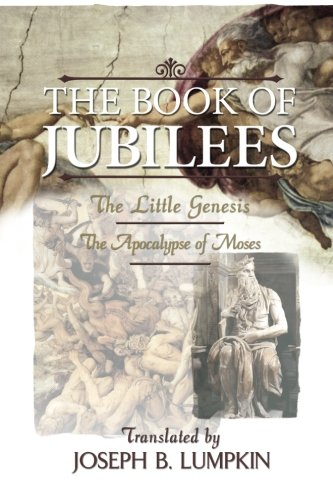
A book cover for The Book of Jubilees; The Little Genesis, The Apocalypse of Moses; Joseph B. Lumpkin; Christian Books & Bibles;